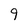
Character: 9